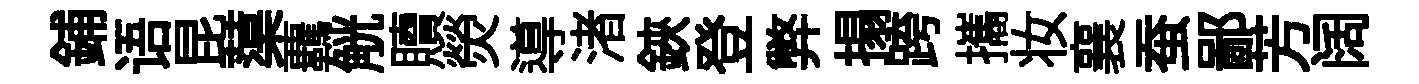
鋪语昆蕖覊觥贖熒導渚鋏登弊搨跨攜妆襄蚕鄙芳阔